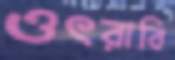
ওৎরাবি